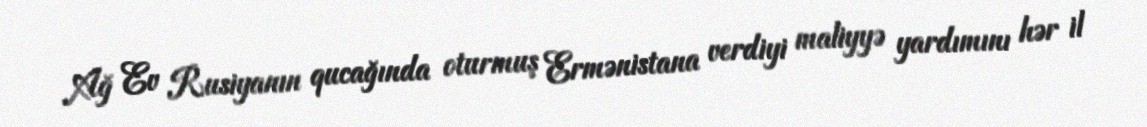
Ağ Ev Rusiyanın qucağında oturmuş Ermənistana verdiyi maliyyə yardımını hər il